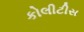
કોલીટીસ